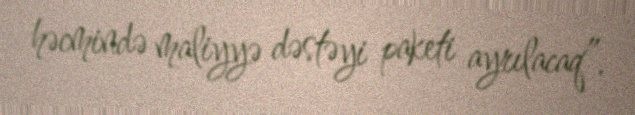
həcmində maliyyə dəstəyi paketi ayrılacaq”.